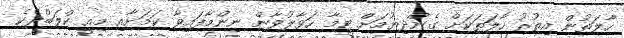
ހާލަތުން އިތުރު ހާލަތަކަށް ގެންދިޔުމަށް ޓީމާ ހަވާލުވާން ނިންމާފައިވާ ކަމަށާއި މިއީ ކްލަބްދެކެ